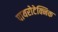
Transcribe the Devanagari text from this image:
पायरोटेक्निक